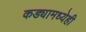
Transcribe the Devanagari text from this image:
कड्यामध्येही